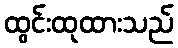
ထွင်းထုထားသည်